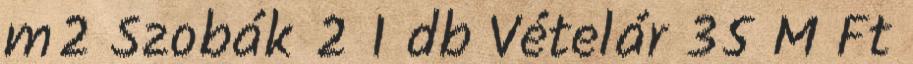
m2 Szobák 2 1 db Vételár 35 M Ft